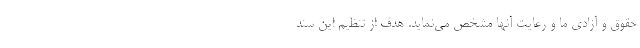
حقوق و آزادی‌ ما و رعایت آنها مشخص می‌نماید. هدف از تنظیم این سند